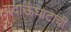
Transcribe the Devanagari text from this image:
बदाऊंघाटाची